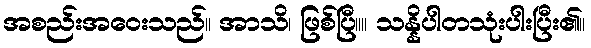
အစည်းအဝေးသည်။ အာသိ၊ ဖြစ်ပြီ။။ သန္နိပါတသုံးပါးပြီး၏။